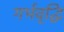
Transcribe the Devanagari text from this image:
गर्भवृद्धि